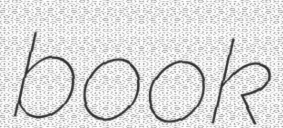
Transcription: book